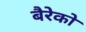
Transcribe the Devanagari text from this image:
बैरेको